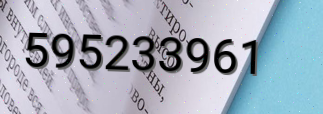
595233961